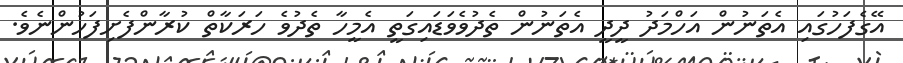
އޭގެފަހުގައި އެތަނުން އަހްމަދު ދީދީ އެތަނުން ތެދުވެވަޑައިގަތީ އެމީހާ ތެދުވެ ހަރަކާތް ކުރާންފެށިފަހުންނެވެ.